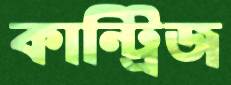
কান্ট্রিজ